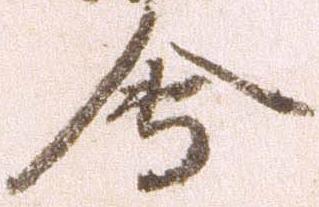
会